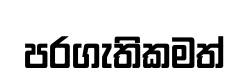
පරගැතිකමත්